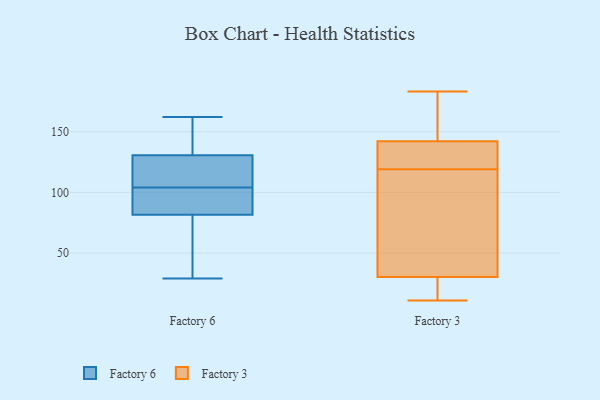
{"axis": {"x": "Production Output", "y": "Value"}, "legend": ["Factory 3", "Factory 6"], "data": [{"x": "", "y": 81, "type": "Factory 6"}, {"x": "", "y": 130, "type": "Factory 6"}, {"x": "", "y": 89, "type": "Factory 6"}, {"x": "", "y": 126, "type": "Factory 6"}, {"x": "", "y": 106, "type": "Factory 6"}, {"x": "", "y": 162, "type": "Factory 6"}, {"x": "", "y": 29, "type": "Factory 6"}, {"x": "", "y": 141, "type": "Factory 6"}, {"x": "", "y": 131, "type": "Factory 6"}, {"x": "", "y": 36, "type": "Factory 6"}, {"x": "", "y": 102, "type": "Factory 6"}, {"x": "", "y": 82, "type": "Factory 6"}, {"x": "", "y": 66, "type": "Factory 3"}, {"x": "", "y": 17, "type": "Factory 3"}, {"x": "", "y": 28, "type": "Factory 3"}, {"x": "", "y": 11, "type": "Factory 3"}, {"x": "", "y": 183, "type": "Factory 3"}, {"x": "", "y": 37, "type": "Factory 3"}, {"x": "", "y": 173, "type": "Factory 3"}, {"x": "", "y": 96, "type": "Factory 3"}, {"x": "", "y": 130, "type": "Factory 3"}, {"x": "", "y": 132, "type": "Factory 3"}, {"x": "", "y": 125, "type": "Factory 3"}, {"x": "", "y": 177, "type": "Factory 3"}, {"x": "", "y": 147, "type": "Factory 3"}, {"x": "", "y": 119, "type": "Factory 3"}, {"x": "", "y": 65, "type": "Factory 3"}, {"x": "", "y": 11, "type": "Factory 3"}, {"x": "", "y": 17, "type": "Factory 3"}, {"x": "", "y": 136, "type": "Factory 3"}, {"x": "", "y": 144, "type": "Factory 3"}]}